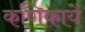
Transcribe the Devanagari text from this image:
कणिकायें